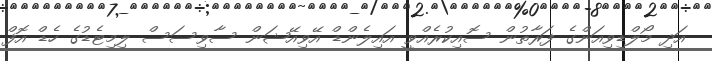
އަދި މޯލްޑިވިއަންގެ ފަރާތުން ސޮއިކުރެއްވީ އައިލެންޑް އޭވިއޭޝަން ސާވިސަސް ލިމިޓެޑުގެ ހެޑް އޮފް